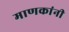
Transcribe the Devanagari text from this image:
माणकांनी